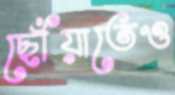
ছোঁয়াতেও